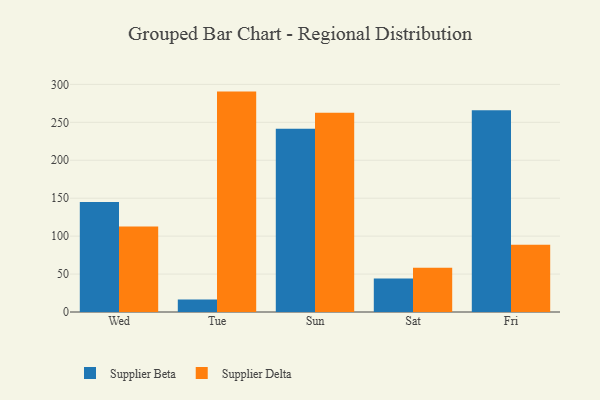
{"axis": {"x": "Day", "y": "Website Visitors"}, "legend": ["Supplier Beta", "Supplier Delta"], "data": [{"x": "Wed", "y": 145.1, "type": "Supplier Beta"}, {"x": "Wed", "y": 112.6, "type": "Supplier Delta"}, {"x": "Tue", "y": 16.4, "type": "Supplier Beta"}, {"x": "Tue", "y": 290.5, "type": "Supplier Delta"}, {"x": "Sun", "y": 241.4, "type": "Supplier Beta"}, {"x": "Sun", "y": 262.6, "type": "Supplier Delta"}, {"x": "Sat", "y": 44.2, "type": "Supplier Beta"}, {"x": "Sat", "y": 58.2, "type": "Supplier Delta"}, {"x": "Fri", "y": 266.0, "type": "Supplier Beta"}, {"x": "Fri", "y": 88.6, "type": "Supplier Delta"}]}